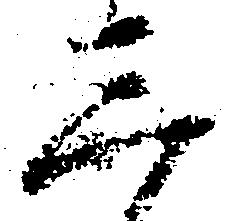
三